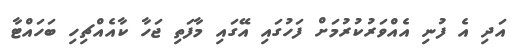
އަދި އެ ފުނި އެއްވަރުކުރުމަށް ފަހުގައި އޭގައި މާފަތި ޖަހާ ކާއެއްޗިހި ބަހައްޓާ